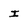
Character: I